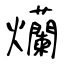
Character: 爤